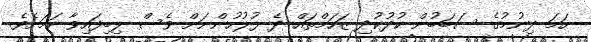
ހަމަ ދިނުމުގެ ސަބަބުން ކުދުކުދި ޒަހަމްތައް ދެ ފުލުހުންނަށް ވެސް ލިބިފައިވާ ކަމަށެވެ.